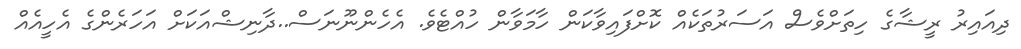
ދިއައިރު ރީޝާގެ ހިތަށްވެސް އަސަރުތަކެއް ކޮށްފައިވާކަން ހާމަވާން ހުއްޓެވެ. އެހެންނޫނަސް..ދާނިޝްއަކަށް އަހަރެންގެ އެހީއެއްް